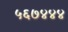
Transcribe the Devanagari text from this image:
५६७४४४